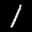
Label: 1